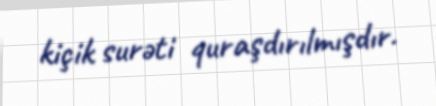
kiçik surəti quraşdırılmışdır.